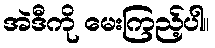
အဲဒီကို မေးကြည့်ပါ။